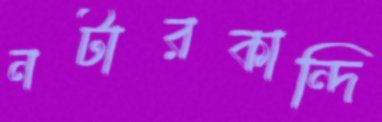
নটারকান্দি